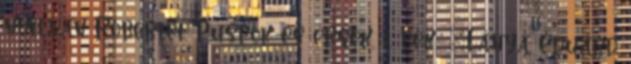
nyilván Róbertet Püspök és érsek, 1. bek.: „Lánya Eduárd